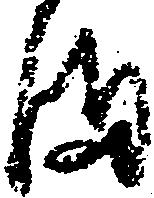
ま